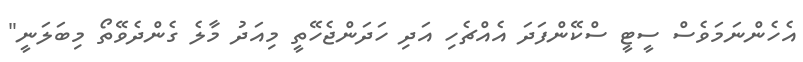
އެހެންނަމަވެސް ސީޓީ ސްކޭންފަދަ އެއްޗެހި އަދި ހަދަންޖެހޭތީ މިއަދު މާލެ ގެންދެވޭތޯ މިބަލަނީ"